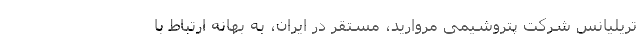
تریلیانس شرکت پتروشیمی مروارید، مستقر در ایران، به بهانه ارتباط با